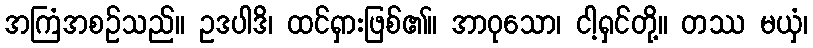
အကြံအစဉ်သည်။ ဥဒပါဒိ၊ ထင်ရှားဖြစ်၏။ အာဝုသော၊ ငါ့ရှင်တို့။ တဿ မယှံ၊